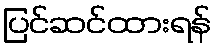
ပြင်ဆင်ထားရန်